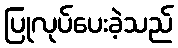
ပြုလုပ်ပေးခဲ့သည်